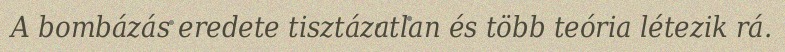
A bombázás eredete tisztázatlan és több teória létezik rá.